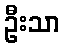
ဦးသာ